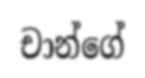
චාන්ගේ